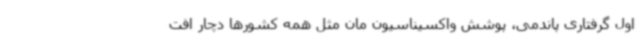
اول گرفتاری پاندمی، پوشش واکسیناسیون مان مثل همه‌ کشورها دچار افت